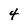
Character: 4